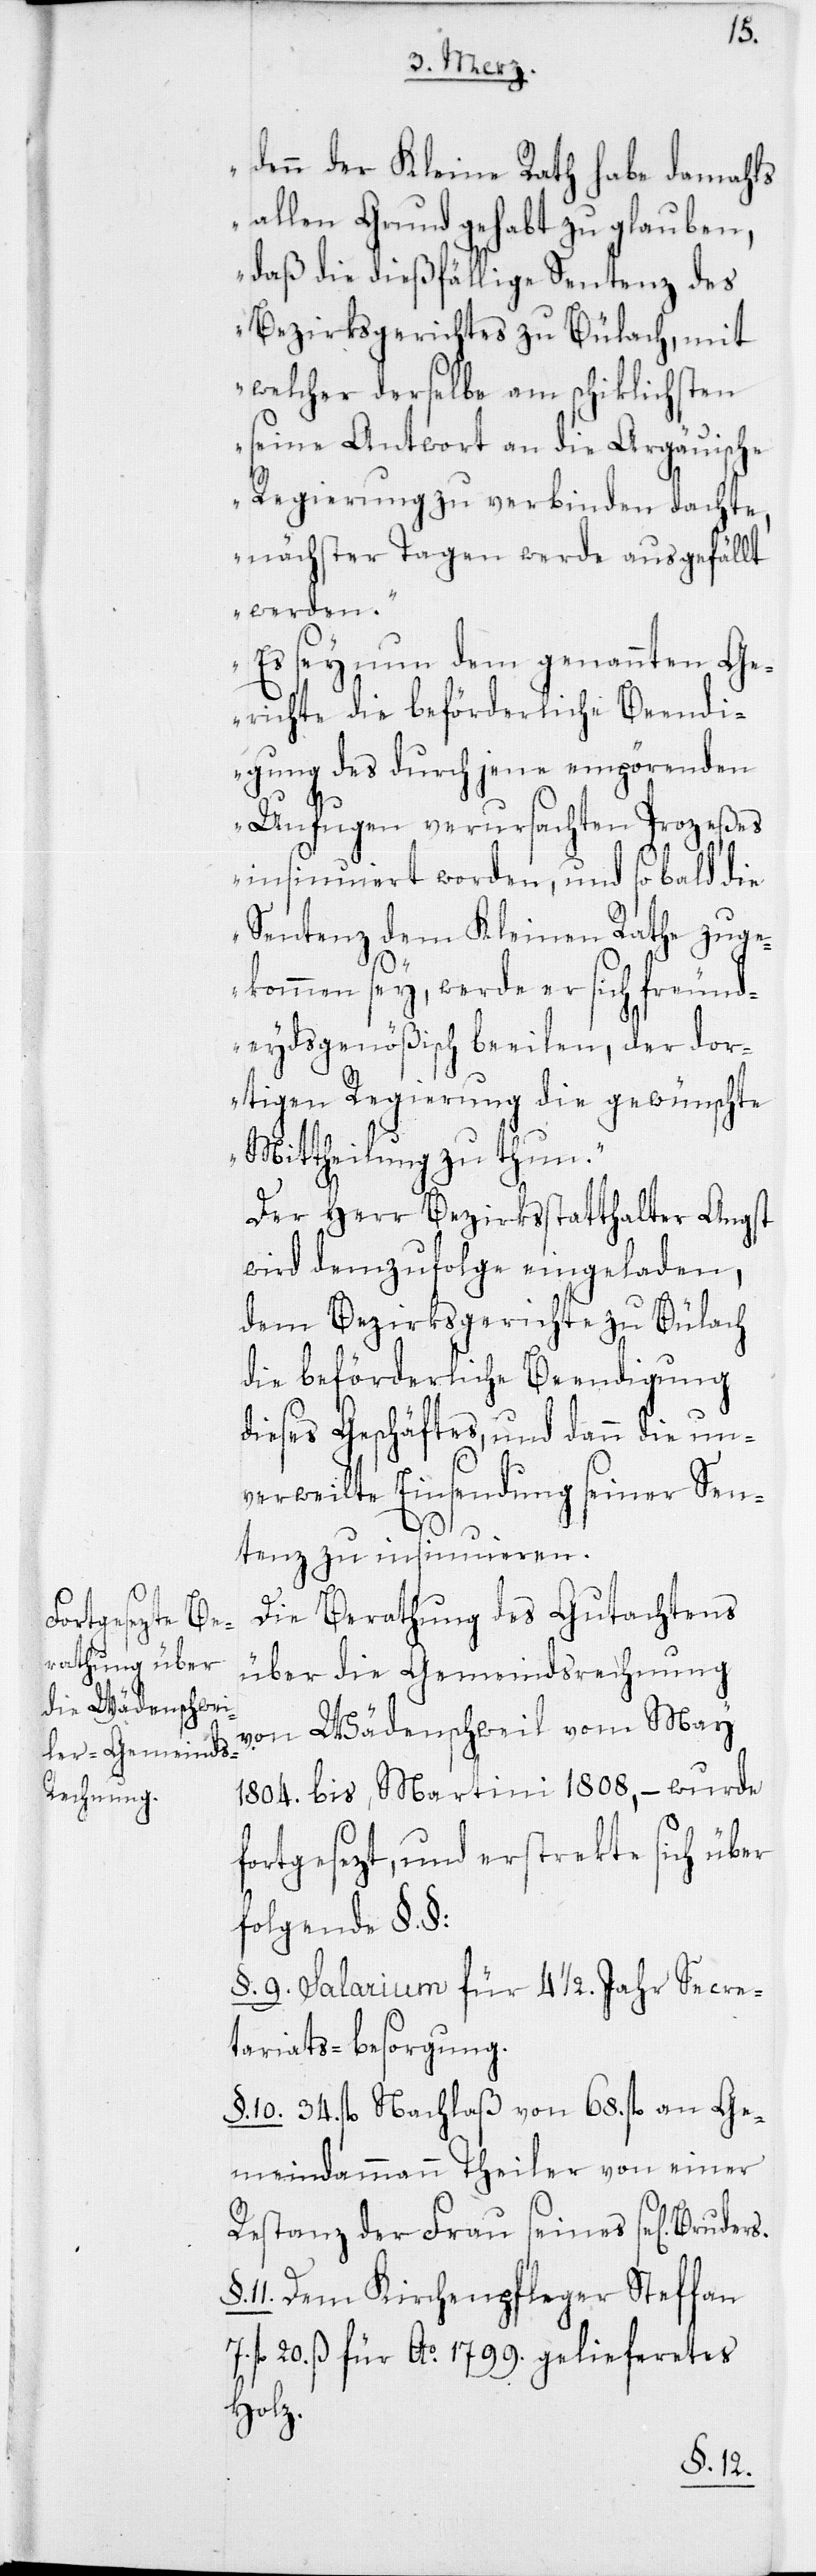
denn der Kleine Rath habe damahls
allen Grund gehabt zu glauben,
daß die dießfällige Sentenz des
Bezirksgerichtes zu Bülach, mit
welcher derselbe am schiklichsten
seine Antwort an die Argäuische
Regierung zu verbinden dachte,
nächster Tagen werde ausgefällt
werden.
Es sey nun dem genannten Ge¬
richte die beförderliche Beendi¬
gung des durch jene empörenden
Unfugen verursachten Prozeßes
insinuiert worden, und so bald die
Sentenz dem Kleinen Rathe zuge¬
kommen sey, werde er sich freund¬
eydsgenößisch beeilen, der dor¬
tigen Regierung die gewünschte
Mittheilung zu thun.“
Der Herr Bezirksstatthalter Angst
wird demzufolge eingeladen,
dem Bezirksgerichte zu Bülach
die beförderliche Beendigung
dieses Geschäftes, und dann die un¬
verweilte Einsendung seiner Sen¬
tenz zu insinuieren.
Die Berathung des Gutachtens
über die Gemeindsrechnung
von Wädenschweil vom May
1804. bis Martini 1808, – wurde
fortgesezt, und erstrekte sich über
folgende § §:
§. 9. Salarium für 4 ½. Jahr Secre¬
tariatsbesorgung.
§. 10. 34. fl. Nachlaß von 68. fl. an Ge¬
meindammann Theiler von einer
Restanz der Frau seines se[ligen]
11. Dem Kirchenpfleger Steffan
fl. 20. ß für Ao 1799. geliefertes
Holz.